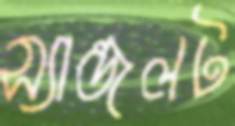
স্যান্ডলট